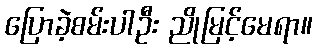
ပြောခဲ့စမ်းပါဦး ညိုမြင့်မေရာ။